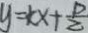
y = k x + \frac { p } { 2 }